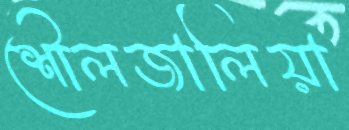
শৌলজালিয়া